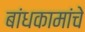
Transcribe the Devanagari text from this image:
बांधकामांचे